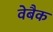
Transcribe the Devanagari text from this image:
वेबैक